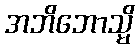
အဘိဘောသ္မိ